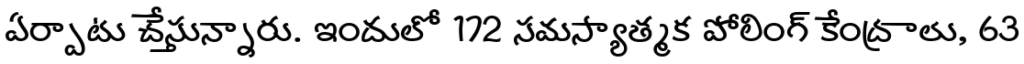
ఏర్పాటు చేస్తున్నారు. ఇందులో 172 సమస్యాత్మక పోలింగ్ కేంద్రాలు, 63